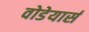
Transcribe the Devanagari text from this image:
वोडेयार्स